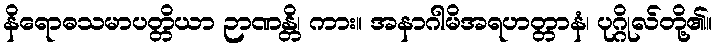
နိရောဓသမာပတ္တိယာ ဉာဏန္တိ၊ ကား။ အနာဂါမိအရဟတ္တာနံ၊ ပုဂ္ဂိုလ်တို့၏။